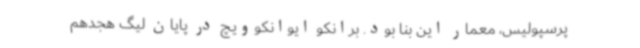
پرسپولیس، معمار این بنا بود. برانکو ایوانکوویچ در پایان لیگ هجدهم